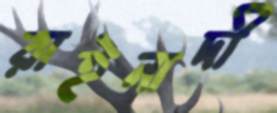
রাইনাদী